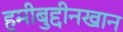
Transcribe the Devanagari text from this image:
हमीबुद्दीनखान